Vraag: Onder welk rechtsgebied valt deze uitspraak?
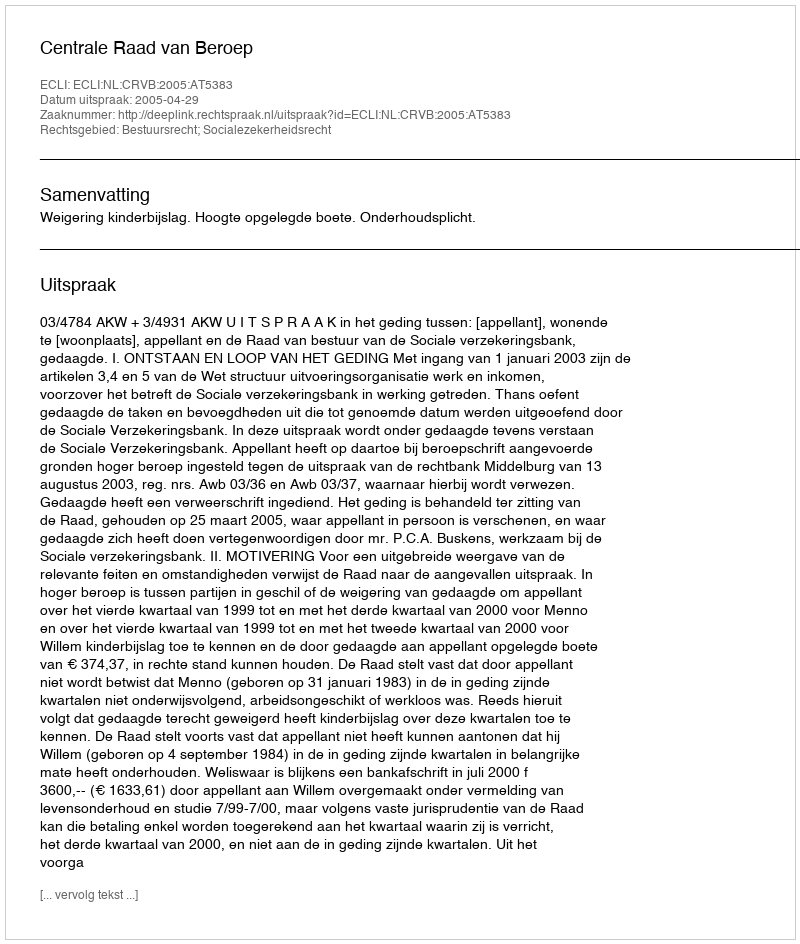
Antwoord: Bestuursrecht; Socialezekerheidsrecht